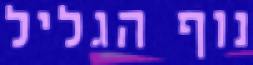
נוף הגליל